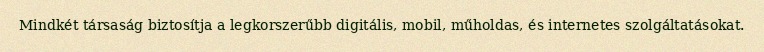
Mindkét társaság biztosítja a legkorszerűbb digitális, mobil, műholdas, és internetes szolgáltatásokat.